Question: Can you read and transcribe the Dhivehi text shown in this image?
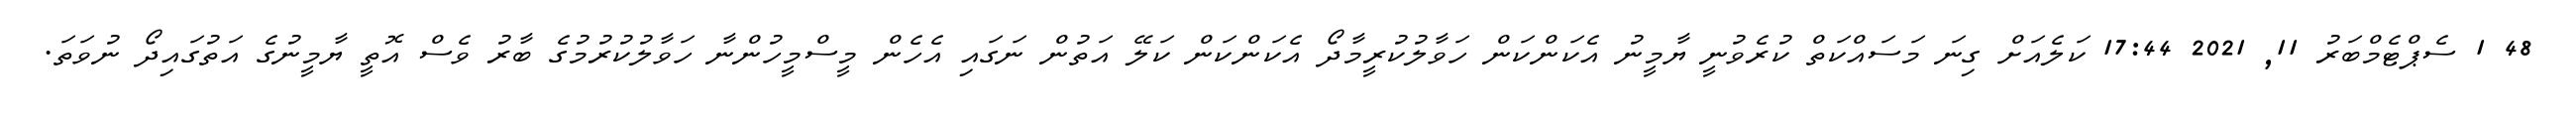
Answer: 48 1 ސެޕްޓެމްބަރު 11, 2021 17:44 ކަލެއަށް ގިނަ މަސައްކަތް ކުރެވުނީ ޔާމީނު އެކަންކަން ހަވާލުކުރީމާދޯ އެކަންކަން ކަލޭ އަތުން ނަގައި އެހެން މީސްމީހުންނާ ހަވާލުކުރުމުގެ ބާރު ވެސް އޮތީ ޔާމީނުގެ އަތުގައިދޯ ނުވަތަ.